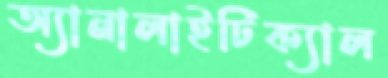
অ্যানালাইটিক্যাল